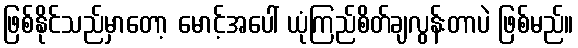
ဖြစ်နိုင်သည်မှာတော့ မောင့်အပေါ် ယုံကြည်စိတ်ချလွန်းတာပဲ ဖြစ်မည်။